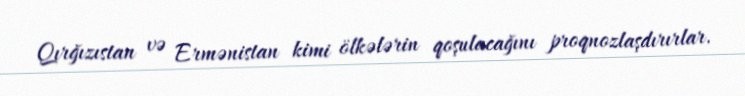
Qırğızıstan və Ermənistan kimi ölkələrin qoşulacağını proqnozlaşdırırlar.